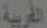
العربية